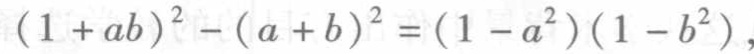
\((1 + ab)^2 - (a + b)^2 = (1 - a^2)(1 - b^2)\)